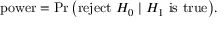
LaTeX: { \mathrm { p o w e r } } = \operatorname* { P r } { \big ( } { \mathrm { r e j e c t ~ } } H _ { 0 } \mid H _ { 1 } { \mathrm { ~ i s ~ t r u e } } { \big ) } .